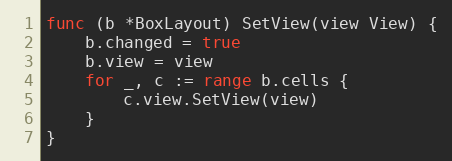
Language: Go
func (b *BoxLayout) SetView(view View) {
	b.changed = true
	b.view = view
	for _, c := range b.cells {
		c.view.SetView(view)
	}
}